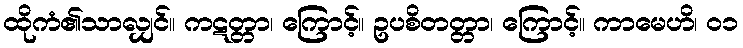
ထိုကံ၏သာလျှင်။ ကဋတ္တာ၊ ကြောင့်။ ဥပစိတတ္တာ၊ ကြောင့်။ ကာမေဟိ၊ ၀၁